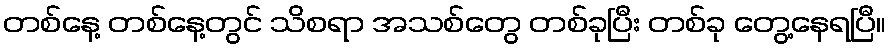
တစ်နေ့ တစ်နေ့တွင် သိစရာ အသစ်တွေ တစ်ခုပြီး တစ်ခု တွေ့နေရပြီ။